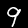
Label: 9